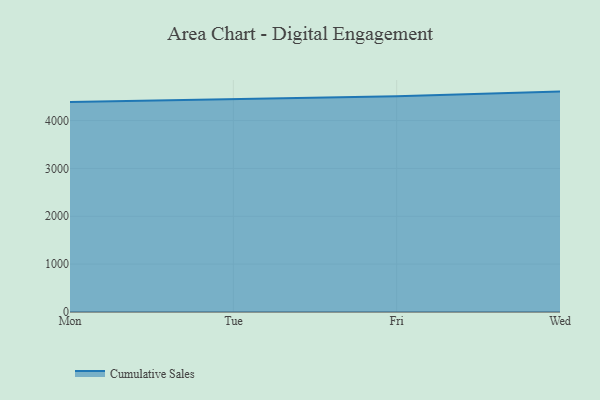
{"axis": {"x": "Day", "y": "Satisfaction Score"}, "legend": ["Cumulative Sales"], "data": [{"x": "Mon", "y": 4388.0, "type": "Cumulative Sales"}, {"x": "Tue", "y": 4446.4, "type": "Cumulative Sales"}, {"x": "Fri", "y": 4506.5, "type": "Cumulative Sales"}, {"x": "Wed", "y": 4605.1, "type": "Cumulative Sales"}]}